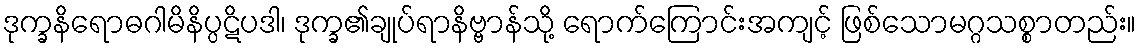
ဒုက္ခနိရောဓဂါမိနိပ္ပဋိပဒါ၊ ဒုက္ခ၏ချုပ်ရာနိဗ္ဗာန်သို့ ရောက်ကြောင်းအကျင့် ဖြစ်သောမဂ္ဂသစ္စာတည်း။